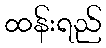
ထန်းရည်